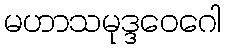
မဟာသမုဒ္ဒဝေဂေါ